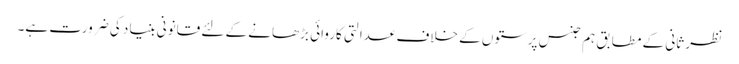
نظر ثانی کے مطابق ہم جنس پرستوں کے خلاف عدالتی کاروائی بڑھانے کے لئے قانونی بنیاد کی ضرورت ہے۔